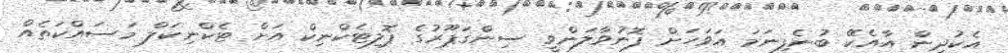
އެކުދިން އާއެކޭ ބުނެފިނަމަ އަވަހަށް ފޮނުވާލަންވީ ސިންގަޕޫރުގެ ޕޮލިޓެކްނިކް އަށް ޓެކްނިކަލް މަސައްކަތެއް